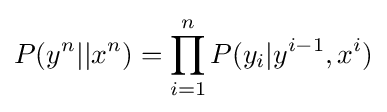
P(y^{n}||x^{n})=\prod _{i=1}^{n}P(y_{i}|y^{i-1},x^{i})